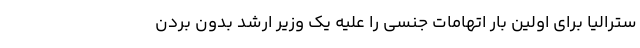
سترالیا برای اولین بار اتهامات جنسی را علیه یک وزیر ارشد بدون بردن